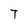
Character: T